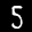
Label: 5